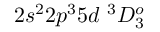
{ 2 s ^ { 2 } 2 p ^ { 3 } 5 d ~ ^ { 3 } D _ { 3 } ^ { o } }